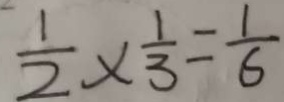
\frac { 1 } { 2 } \times \frac { 1 } { 3 } = \frac { 1 } { 6 }